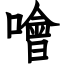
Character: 噲